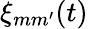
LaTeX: \xi_{mm^{\prime}}(t)